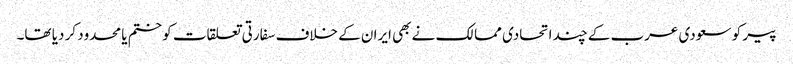
پیر کو سعودی عرب کے چند اتحادی ممالک نے بھی ایران کے خلاف سفارتی تعلقات کو ختم یا محدود کر دیا تھا۔